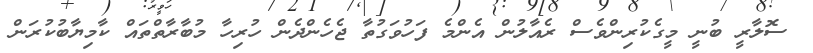
ސޮލާރީ ބުނީ މީގެކުރިންވެސް ރެއާލުން އެންމެ ފަހުވަގުތާ ޖެހެންދެން ހުރިހާ މުބާރާތްތައް ކާމިޔާބުކުރަން